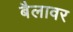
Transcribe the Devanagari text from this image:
बैलावर